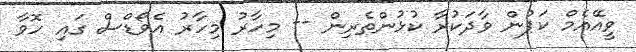
ވީއޭއެމް ކަޕުން ވާދަކުރާ ކުޅުންތެރިން -- މިހާރު މިހާރު އެވޯޑްސް ގައި ހޮވާ